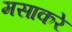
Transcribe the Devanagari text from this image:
मसाकरे